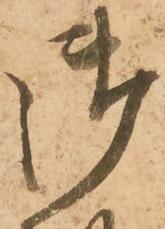
御